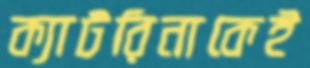
ক্যাটরিনাকেই